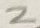
Text: 2